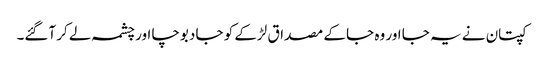
کپتان نے یہ جا اور وہ جا کے مصداق لڑکے کو جا دبوچا اور چشمہ لے کر آگئے۔